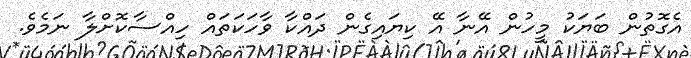
އެގޮތުން ބަޔަކު މީހުން އޭނާ އޭ ކިޔައިގެން ދައްކާ ވާހަކަތައް ހިއްސާކޮށްލާ ނަމެވެ.